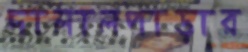
দালালপাড়ার